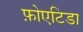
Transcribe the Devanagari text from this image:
फ़ोएटिडा